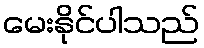
မေးနိုင်ပါသည်